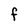
Character: f